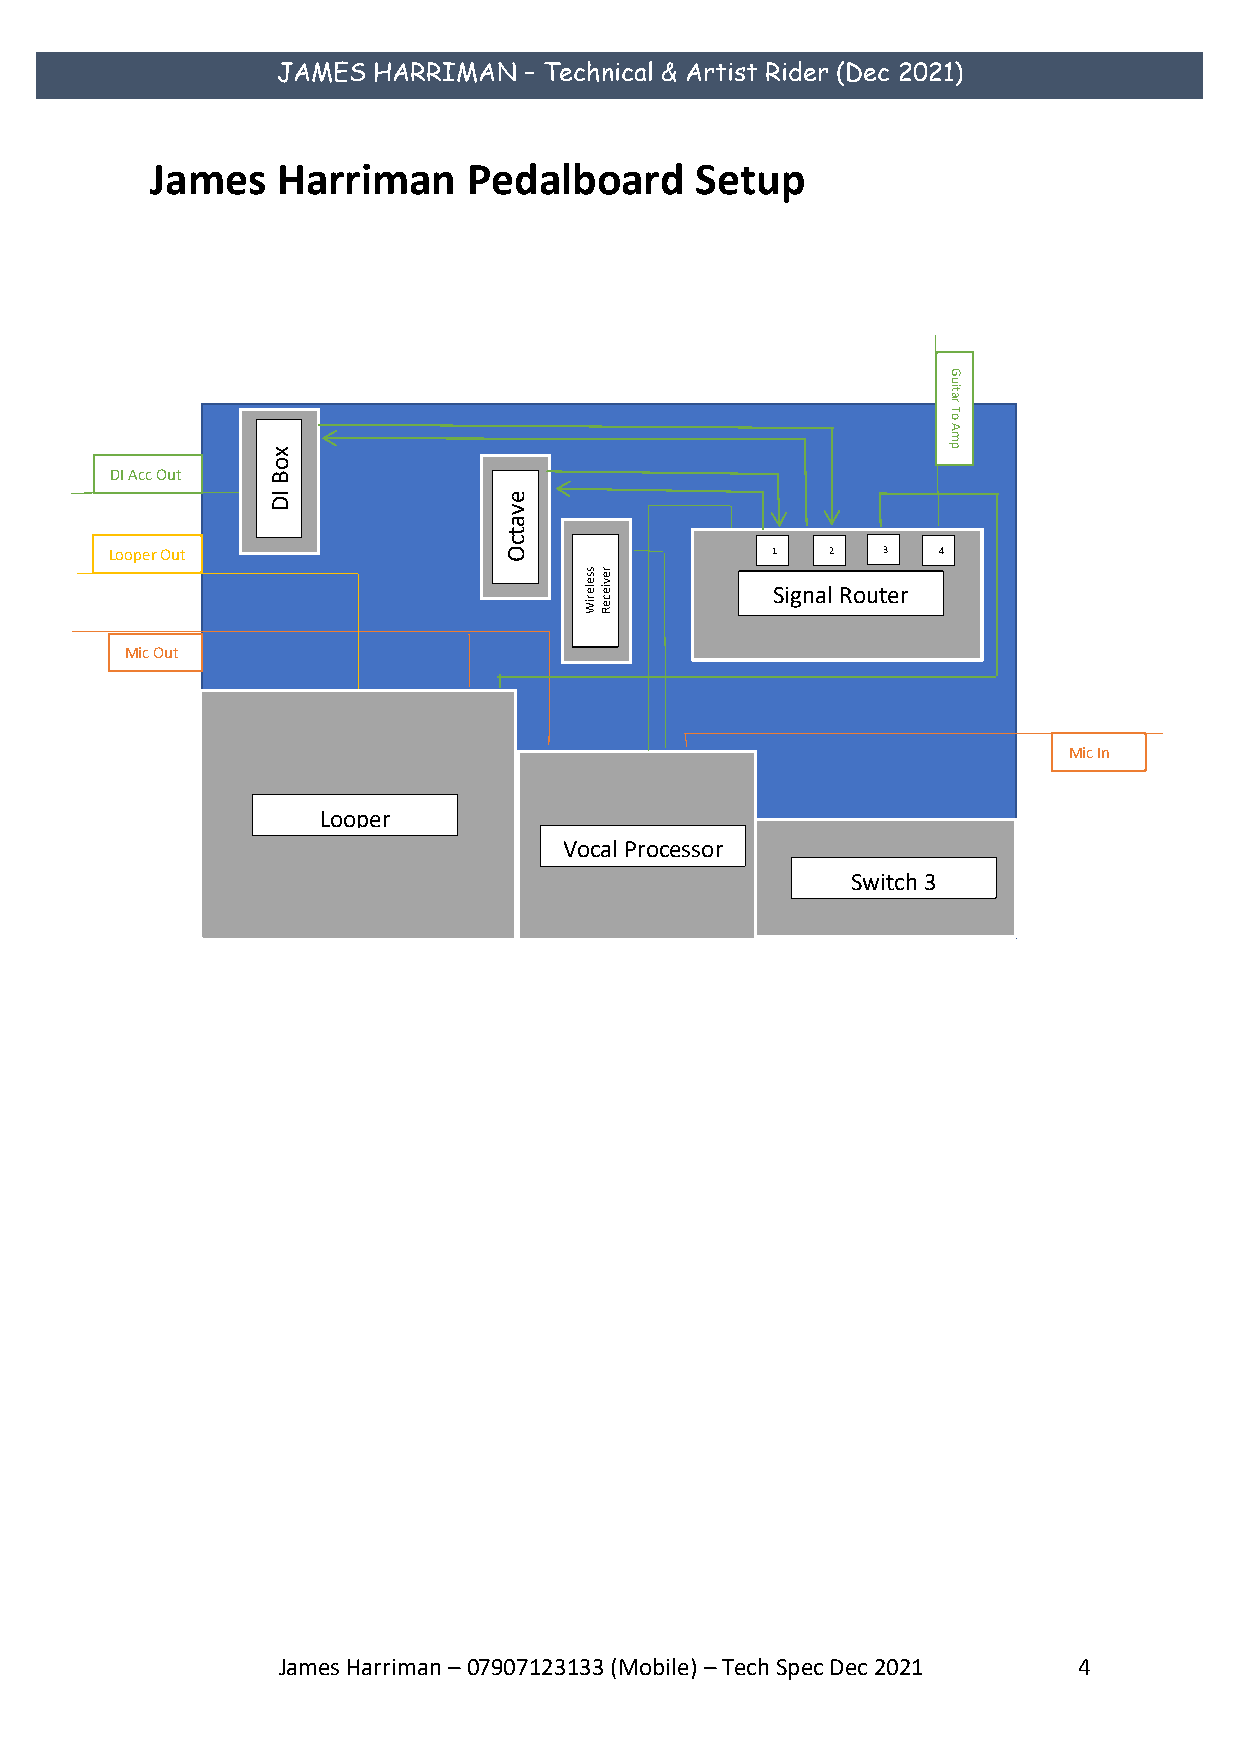
JAMES  HARRIMAN  – Technical & Artist Rider (Dec 2021)
 James   Harriman     Pedalboard     Setup
 G
 u
 rati
 T
 o
 mA
 x                                            p
 o
 DI Acc Out B
 I D            e
 v
 a
 t
 c
 Loope r Out               O                 1   2  3   4
 sse lere
 vie
 Signal Router
 riWce
 R
 Mic Out
 Mic In
 Looper
 Vocal Processor
 Switch 3
 James Harriman – 07907123133 (Mobile) – Tech Spec Dec 2021 4